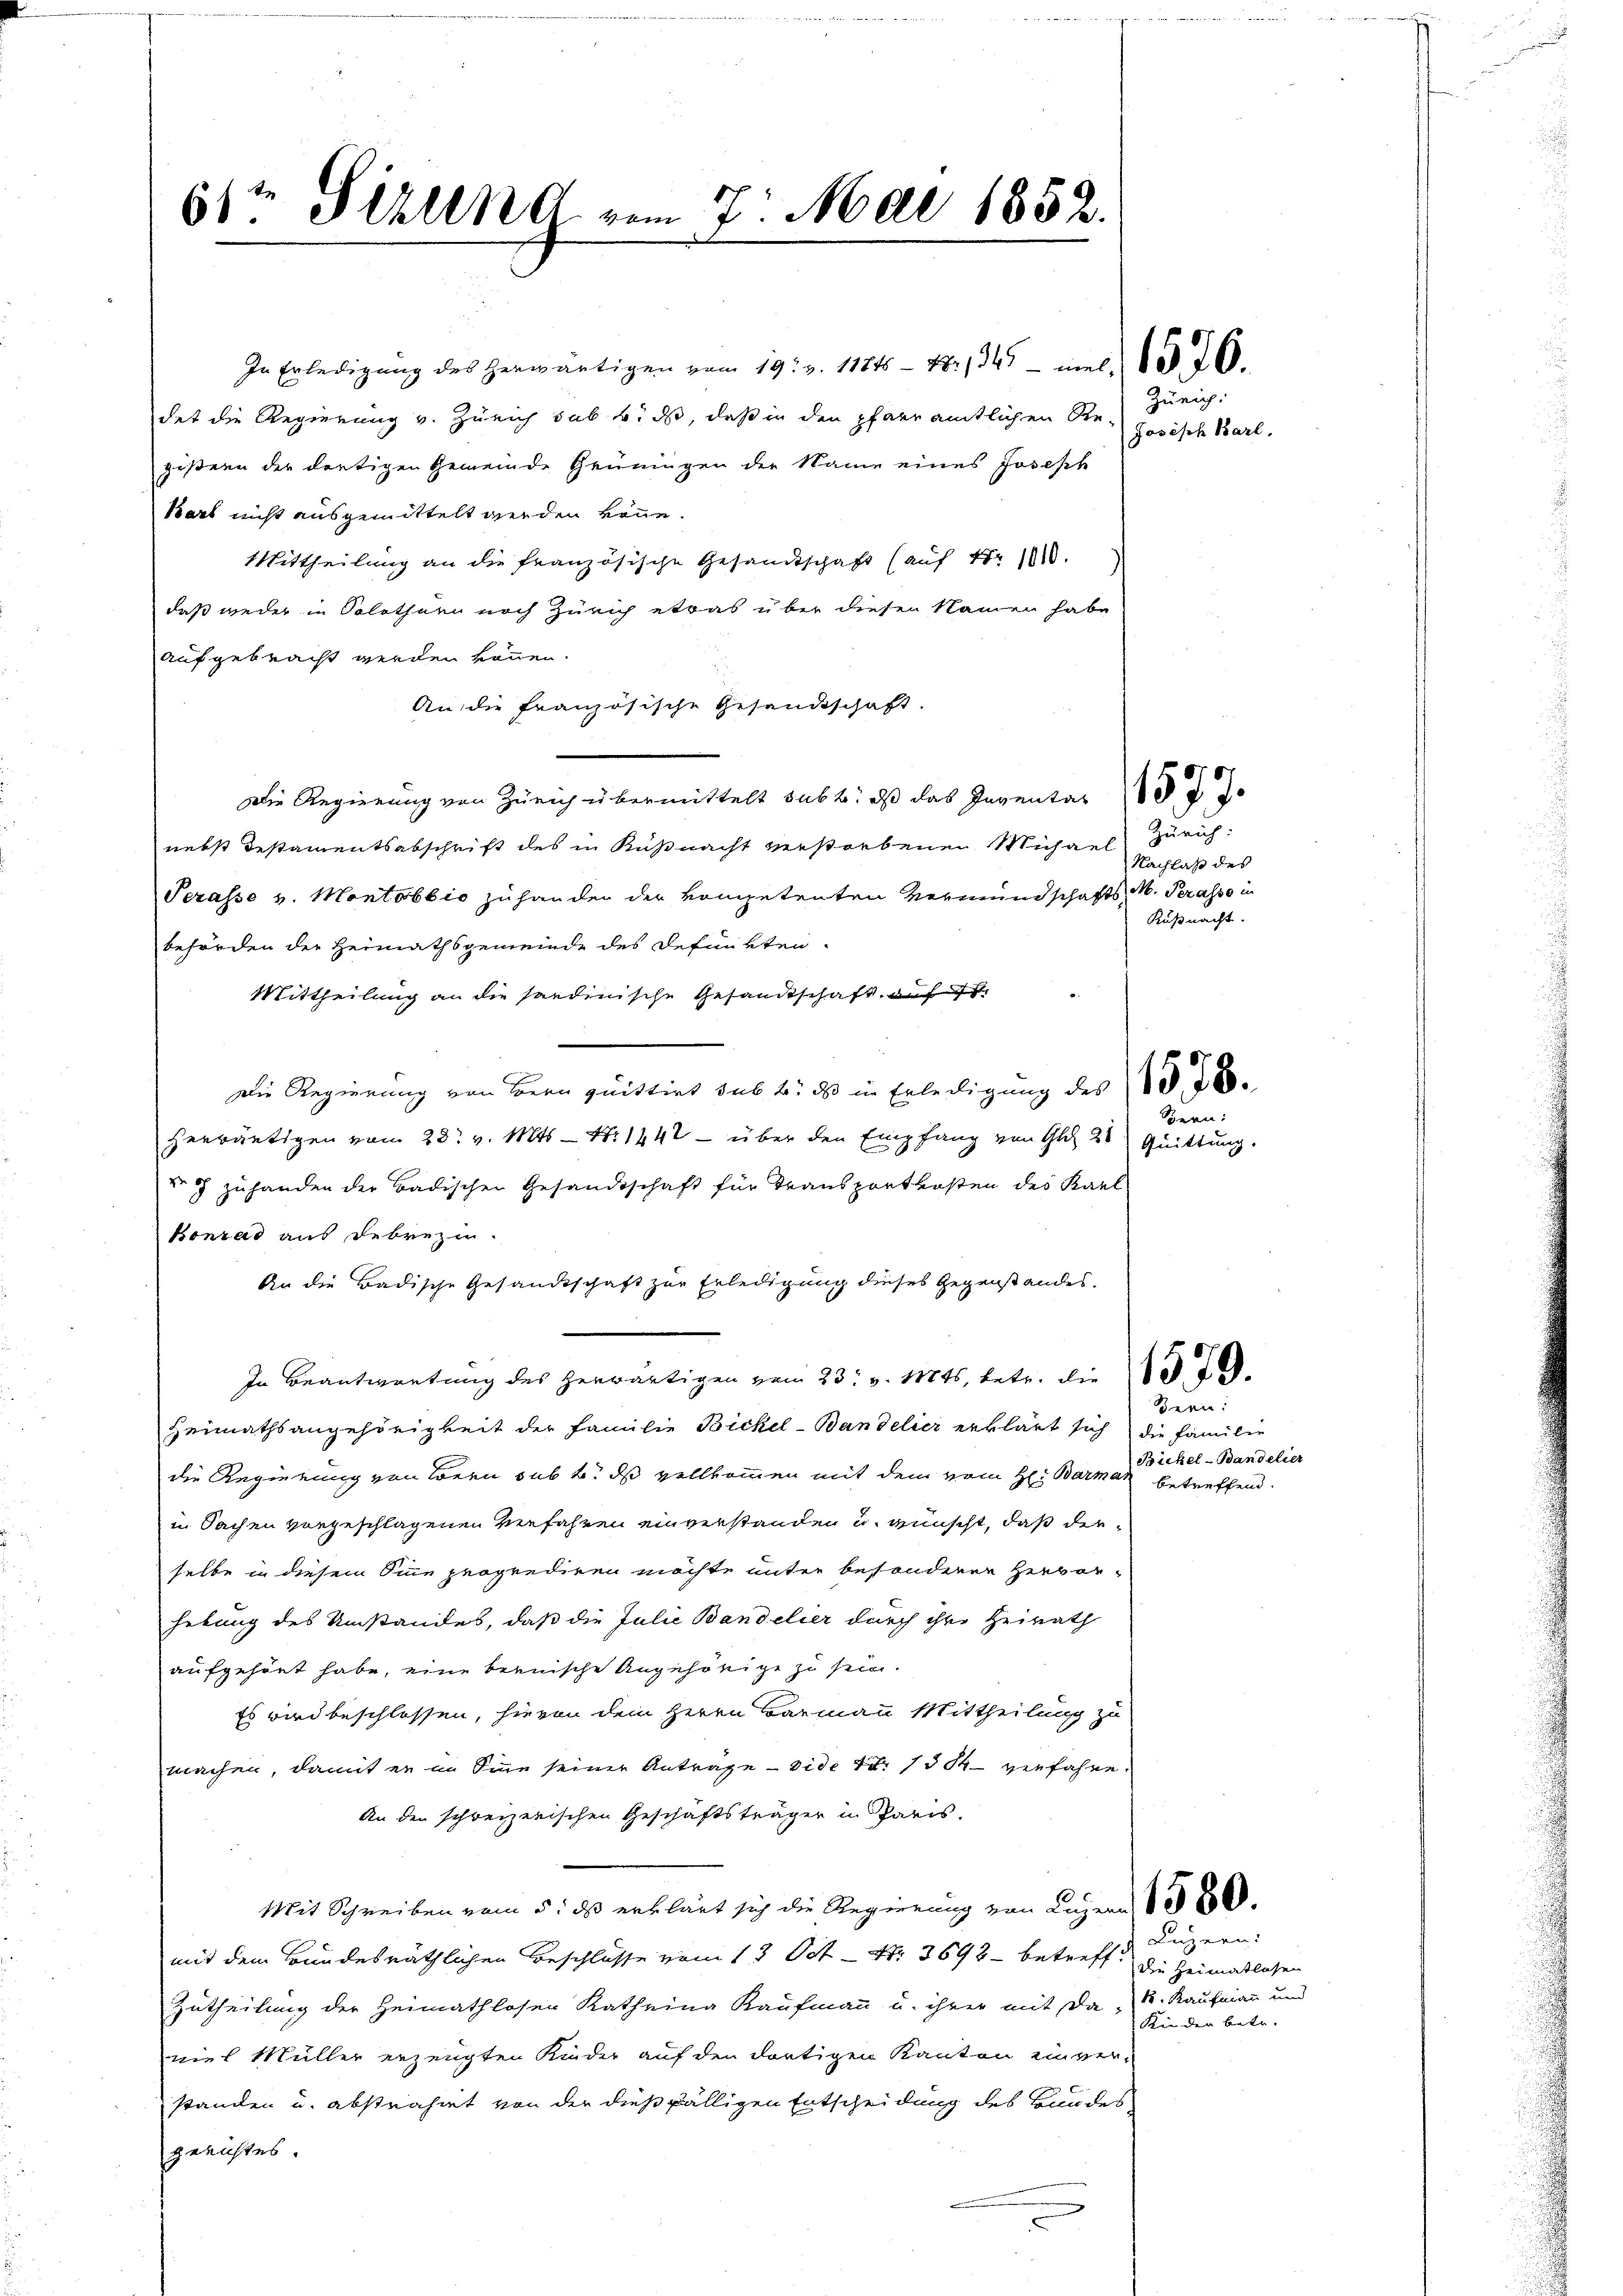
6) Sihlend vom 7. Mai 1852.

In Erledigŭng des Herwärtigen vom 19. v. 11845-78. 134. melde 26.
det die Regierung v. Zürich sub b. ds, daß in den pfarramtlichen Registern der dortigen Gemeinde Grüningen der Name eines Joseph
kart nicht ausgemittelt werden könne.
Mittheilung an die französische Gesandtschaft (auf Nr 110.
daß weder in Solothurn noch Zürich etwas über diesen Namen habe
aufgebracht werden können.
An die französische Gesandtschaft.
Die Regierung von Zürich übermittelt subt; als das Inventar (37 J
nebst Testamentsabschrift des in Küßnacht verstrebenen Michael Zürich:
Serasse v. Montobbio zuhander der kompetenten Vormundschafts M. Perasso in
behörden der Heimathsgemeinde des Defunkten.
Mittheilung an die sandinische Gesandtschaft, auf
Die Regierung von Bern quittirt sub 6. ds in Erledigung des (1260
herwärtigen vom 28. v. Mts. — Nr. 1441 — über den Empfang von Gli 21 Quittung.
 zuhanden der Badischen Gesandtschaft für Transportkosten des Karl
Bonrad aus Debrezu.
An die Badische Gesandtschaft zur Erledigung dieses Gegenstandes.
In Beantwortung des herwärtigen vom 23. v. 114, betr. die
Heimathsangehörigkeit der Familie Bickel-Bandelier erklärt sich die Familie
die Regierung von Loren sub b. ds vollkommen mit dem vom H. Barma
in Sachen vorgeschlagenen Verfahren einverstanden u. wünscht, daß der
selbe in diesem Sinne proprediren möchte unter besonderer Hervor-
hebung des Umstandes, daß die Julie Bandelier durch ihre Heirath
aufgehört habe, eine bernische Angehörige zu sein.
Es wird beschlossen, hievon dem Herrn Barmann Mittheilung zu
machen, damit er im Sinne seiner Anträge - vide S. 1384 verfahre.
An den schreizerischen Geschäftsträger in Paris.
Mit Schreiben vom 5. ds erklärt sich die Regierung von Luzern No 86
mit dem Bundesräthlichen Beschlüsse vom 13 Oct. - Nr. 3892 betreff
Zutheilung der Heimathlosen Katheina Kaufmann u. ihrer mit Da k. Kaufmann und
viel Müller erzeugten Kinder auf den dortigen Kanton einver-
standen u. abstrahmt von der dießfälligen Entscheidung des Bundes
gerichtes.
e

Zürich:
Josisch Barl.

Nachlaß des
Küßnacht.

Sern:

Bern:
Bickel-Bandelier
betreffend.

Luzern:
Die Heimatlosen
Kinder betr.